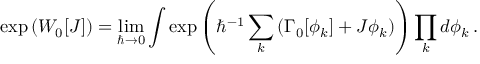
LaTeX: \exp \left( W _ { 0 } [ J ] \right) = \operatorname * { l i m } _ { \hbar \to 0 } \int \exp \left( \hbar ^ { - 1 } \sum _ { k } \left( \Gamma _ { 0 } [ \phi _ { k } ] + J \phi _ { k } \right) \right) \prod _ { k } d \phi _ { k } \, .